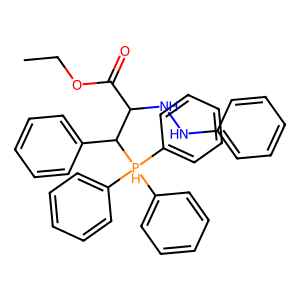
SMILES: CCOC(=O)C(NNc1ccccc1)C(c1ccccc1)[PH](c1ccccc1)(c1ccccc1)c1ccccc1
Inhibits HIV replication: No